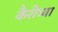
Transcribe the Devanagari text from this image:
कैरीच्या